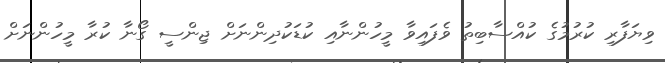
ވިޔަފާރި ކުރުމުގެ ކުއްސާބިތު ވެފައިވާ މީހުންނާއި ކުޑަކުދިންނަށް ޖިންސީ ގޯނާ ކުރާ މީހުންނަށް